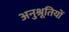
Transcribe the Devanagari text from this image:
अनुश्रूतियों